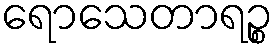
ရောသေတာရဉ္စ